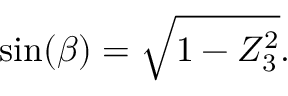
\sin ( \beta ) = { \sqrt { 1 - Z _ { 3 } ^ { 2 } } } .